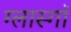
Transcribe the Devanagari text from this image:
ग्लास्गाॅ